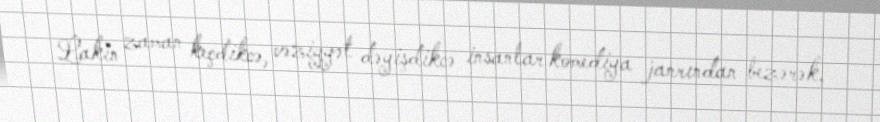
Lakin zaman keçdikcə, vəziyyət dəyişdikcə insanlar komediya janrından bezərək,